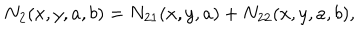
N _ { 2 } ( x , y , a , b ) = N _ { 2 1 } ( x , y , a ) + N _ { 2 2 } ( x , y , a , b ) ,